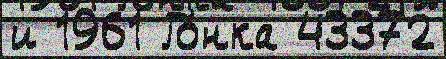
и 1961 Го́нка 43372